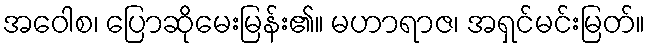
အဝေါစ၊ ပြောဆိုမေးမြန်း၏။ မဟာရာဇ၊ အရှင်မင်းမြတ်။